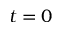
t = 0